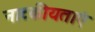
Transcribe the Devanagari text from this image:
नाटकीयताएं